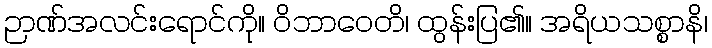
ဉာဏ်အလင်းရောင်ကို။ ဝိဘာဝေတိ၊ ထွန်းပြ၏။ အရိယသစ္စာနိ၊